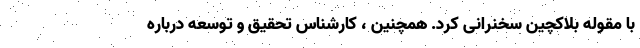
با مقوله بلاکچین سخنرانی کرد. همچنین ، کارشناس تحقیق و توسعه درباره